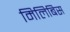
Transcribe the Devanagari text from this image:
मिलिबिस